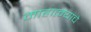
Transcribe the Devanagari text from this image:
माहात्म्याचे